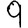
Digit: 9